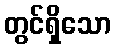
တွင်ရှိသော